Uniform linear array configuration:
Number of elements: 24
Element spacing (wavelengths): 1
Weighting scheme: uniform
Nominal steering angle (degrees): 15
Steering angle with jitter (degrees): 16.971
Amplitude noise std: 0.05
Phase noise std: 0.05

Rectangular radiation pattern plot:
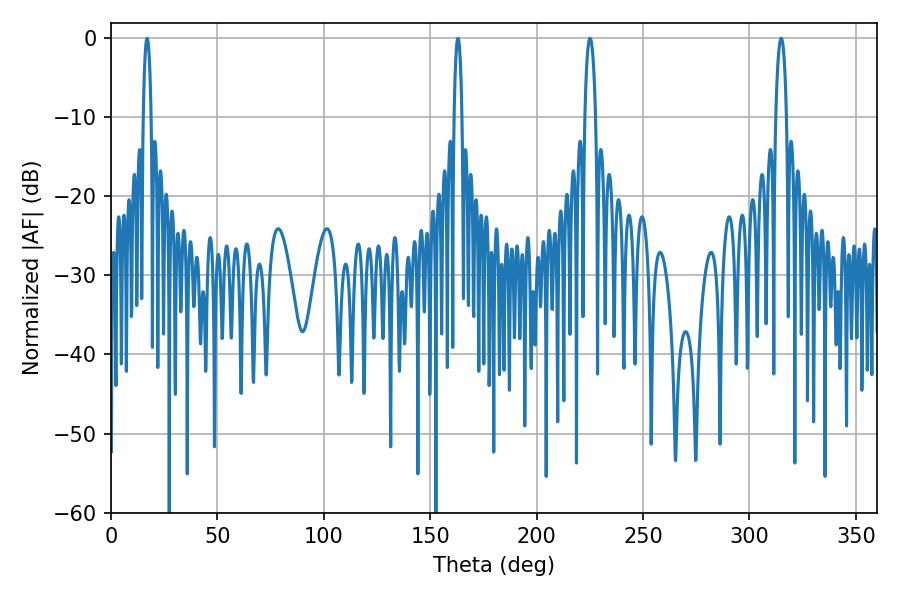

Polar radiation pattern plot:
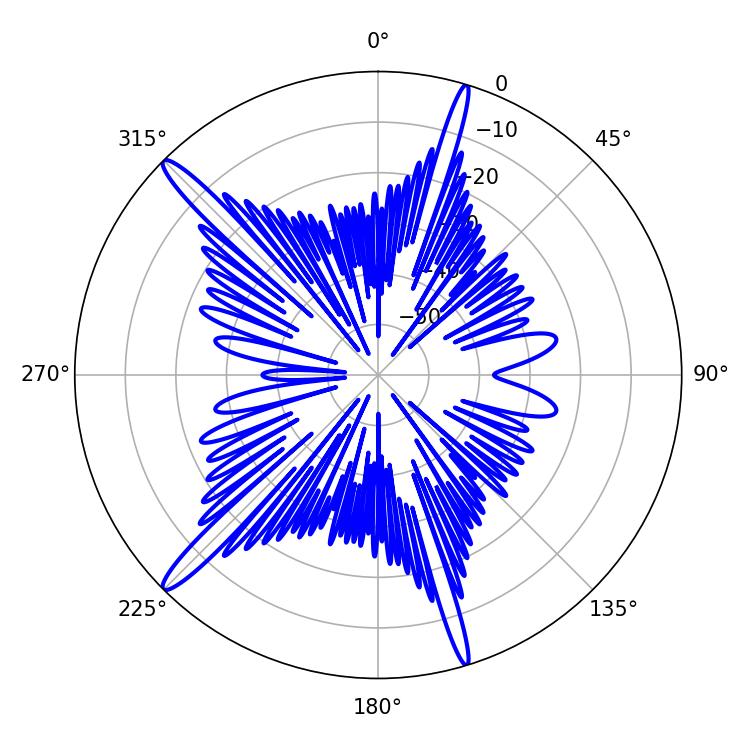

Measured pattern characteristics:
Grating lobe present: TRUE
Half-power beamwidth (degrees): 1.98
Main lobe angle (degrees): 16.92